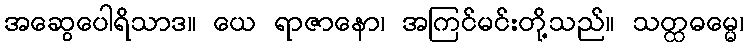
အဆွေပေါရိသာဒ။ ယေ ရာဇာနော၊ အကြင်မင်းတို့သည်။ သတ္ထဓမ္မေ၊